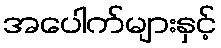
အပေါက်များနှင့်